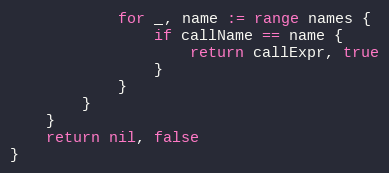
Language: Go
			for _, name := range names {
				if callName == name {
					return callExpr, true
				}
			}
		}
	}
	return nil, false
}